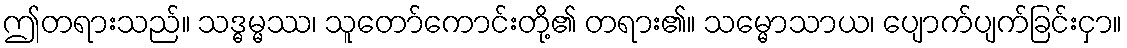
ဤတရားသည်။ သဒ္ဓမ္မဿ၊ သူတော်ကောင်းတို့၏ တရား၏။ သမ္မောသာယ၊ ပျောက်ပျက်ခြင်းငှာ။